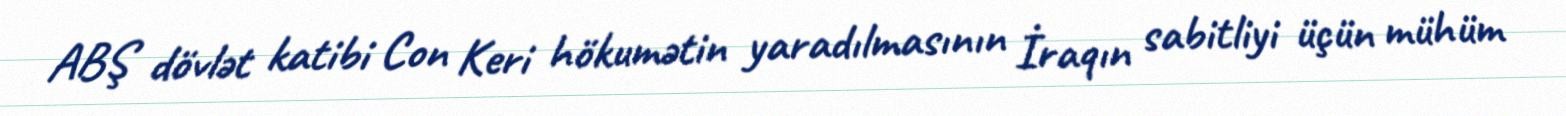
ABŞ dövlət katibi Con Keri hökumətin yaradılmasının İraqın sabitliyi üçün mühüm